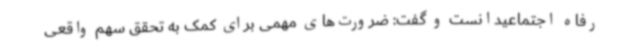
رفاه اجتماعیدانست و گفت: ضرورت‌های مهمی برای کمک به تحقق سهم واقعی